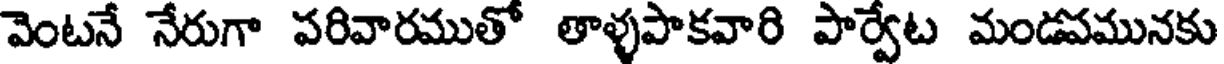
వెంటనే నేరుగా పరివారముతో తాళ్ళపాకవారి పార్వేట మండపమునకు